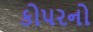
કોપરનો